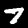
Digit: 7